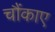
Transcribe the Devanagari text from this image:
चौंकाए